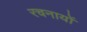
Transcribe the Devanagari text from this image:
रचनायों